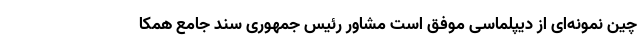
چین نمونه‌ای از دیپلماسی موفق است مشاور رئیس جمهوری سند جامع همکا